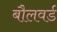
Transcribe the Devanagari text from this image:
बौलवर्ड